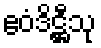
ဧဝံဒိဋ္ဌီသု